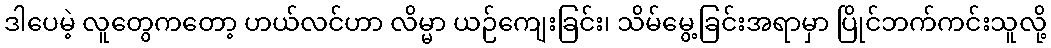
ဒါပေမဲ့ လူတွေကတော့ ဟယ်လင်ဟာ လိမ္မာ ယဉ်ကျေးခြင်း၊ သိမ်မွေ့ခြင်းအရာမှာ ပြိုင်ဘက်ကင်းသူလို့